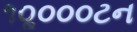
૧૦ૢ૦૦૦ટન